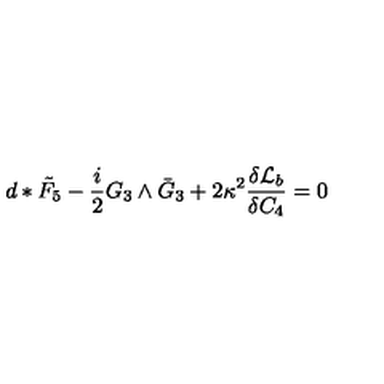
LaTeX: d * \tilde { F } _ { 5 } - \frac { i } { 2 } G _ { 3 } \wedge \bar { G } _ { 3 } + 2 \kappa ^ { 2 } \frac { \delta { \cal L } _ { b } } { \delta C _ { 4 } } = 0